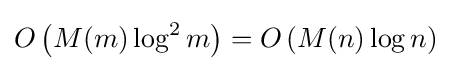
O\left(M(m)\log ^{2}m\right)=O\left(M(n)\log n\right)